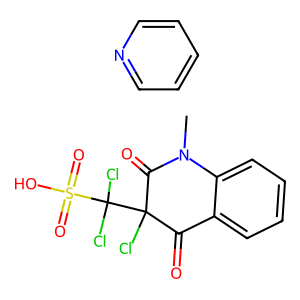
SMILES: CN1C(=O)C(Cl)(C(Cl)(Cl)S(=O)(=O)O)C(=O)c2ccccc21.c1ccncc1
Inhibits HIV replication: No